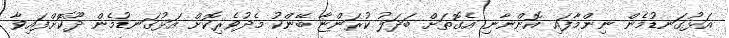
އަޅުގަނޑުމެން ނިންމާފައި އޮންނާނި އެގޮތަށް ބަދަލު ކުރަންޏާ ބޭންކު މެދުވެރިކޮށް އަޅުގަނޑުމެން ދޫކޮށްފައިވާ